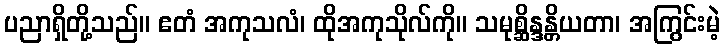
ပညာရှိတို့သည်။ ဧတံ အကုသလံ၊ ထိုအကုသိုလ်ကို။ သမုစ္ဆိန္ဒန္တိယတာ၊ အကြွင်းမဲ့